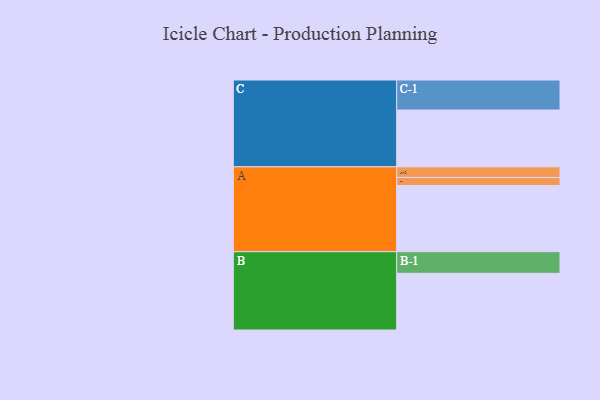
{"axis": {"x": "Segment", "y": "Value"}, "legend": ["", "A", "B", "C"], "data": [{"x": "A", "y": 577, "type": ""}, {"x": "B", "y": 495, "type": ""}, {"x": "C", "y": 496, "type": ""}, {"x": "A-1", "y": 71, "type": "A"}, {"x": "A-2", "y": 93, "type": "A"}, {"x": "B-1", "y": 189, "type": "B"}, {"x": "C-1", "y": 262, "type": "C"}]}